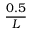
\frac { 0 . 5 } { L }